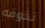
تذوقه